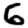
Digit: 6